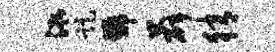
泓距号薛猜